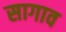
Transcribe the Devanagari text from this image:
सागाव